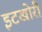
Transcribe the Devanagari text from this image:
इटखोरी